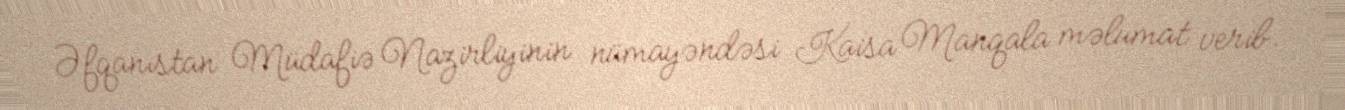
Əfqanıstan Müdafiə Nazirliyinin nümayəndəsi Kaisa Manqala məlumat verib.